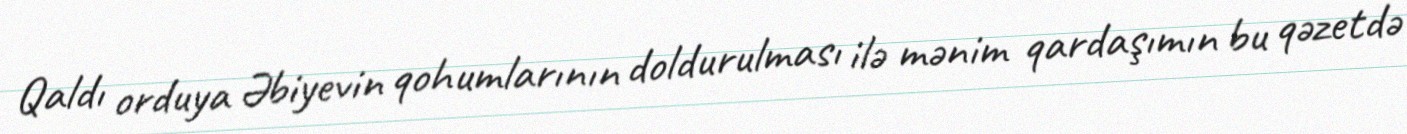
Qaldı orduya Əbiyevin qohumlarının doldurulması ilə mənim qardaşımın bu qəzetdə